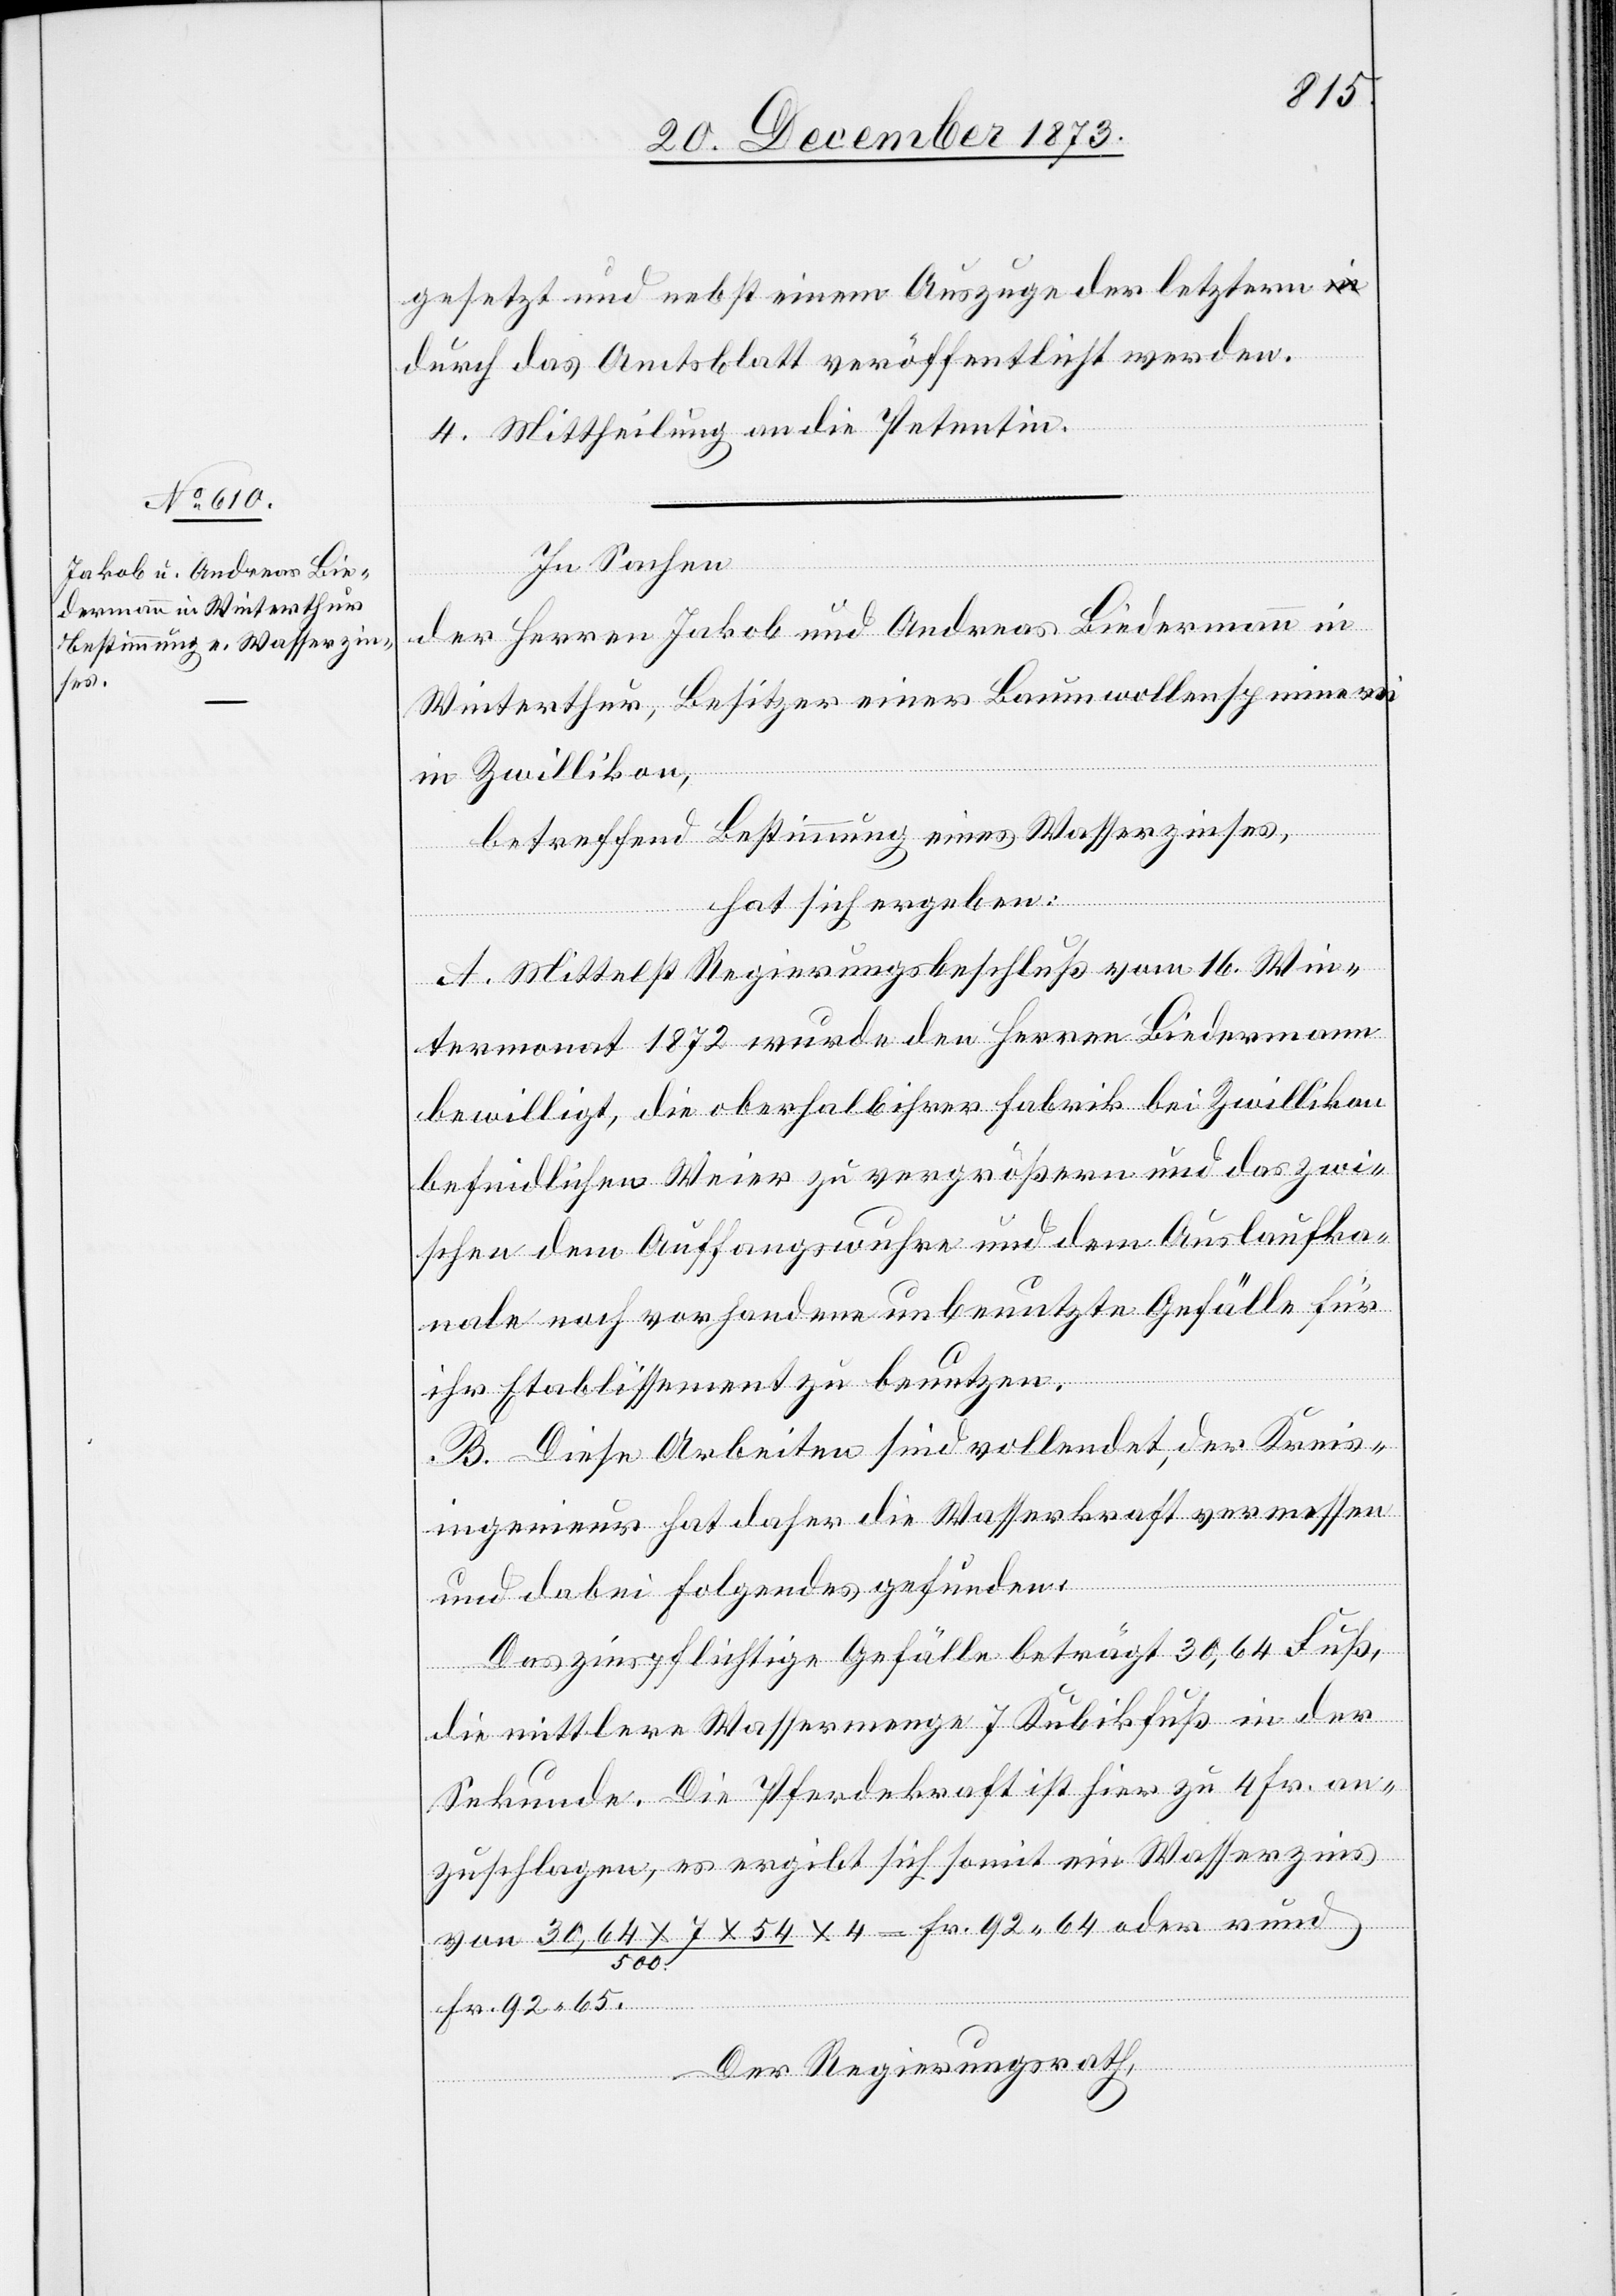
gesetzt und nebst einem Auszuge der letztern
durch das Amtsblatt veröffentlicht werden.
4. Mittheilung an die Petentin.
In Sachen
der Herren Jakob und Andreas Biedermann in
Winterthur, Besitzer einer Baumwollenspinnerei
in Zwillikon,
betreffend Bestimmung eines Wasserzinses,
hat sich ergeben:
A. Mittelst Regierungsbeschluß vom 16. Win¬
termonat 1872 wurde den Herren Biedermann
bewilligt, die oberhalb ihrer Fabrik bei Zwillikon
befindlichen Weier zu vergrößern und das zwi¬
schen dem Auffangswuhre und dem Auslaufka¬
nale noch vorhandene unbenutzte Gefälle für
ihr Etablissement zu benutzen.
B. Diese Arbeiten sind vollendet, der Kreis¬
ingenieur hat daher die Wasserkraft vermessen
und dabei Folgendes gefunden:
Das zinspflichtige Gefälle beträgt 30,64 Fuß,
die mittlere Wassermenge 7 Kubikfuß in der
Sekunde. Die Pferdekraft ist hier zu 4 Fr. an¬
zuschlagen, es ergibt sich somit ein Wasserzins
von 30,64 x 7 x 54/500 x 4 = Fr. 92 64 oder rund
Fr. 92 65.
Der Regierungsrath,